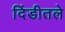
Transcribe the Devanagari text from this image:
दिंडीतले